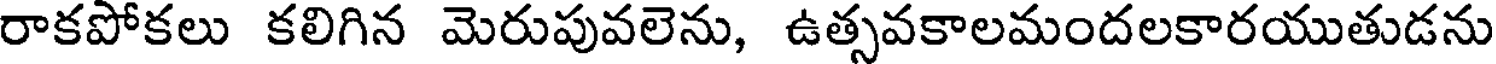
రాకపోకలు కలిగిన మెరుపువలెను, ఉత్సవకాలమందలకారయుతుడను